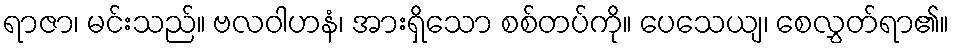
ရာဇာ၊ မင်းသည်။ ဗလဝါဟနံ၊ အားရှိသော စစ်တပ်ကို။ ပေသေယျ၊ စေလွှတ်ရာ၏။